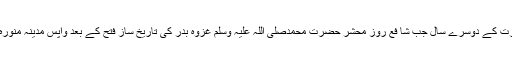
حضرت ابنِ حبان رضی اللہ عنہ کی روایت کے مطابق ہجرت کے دوسرے سال جب شا فع روزِ محشر حضرت محمدصلی اللہ علیہ وسلم غزوہ بدر کی تاریخ ساز فتح کے بعد واپس مدینہ منورہ تشریف لائے تو اس کے آٹھ دن بعد ’عید الفطر‘ منائی گئی۔